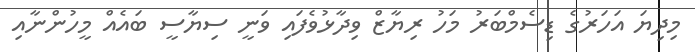
މިދިޔަ އަހަރުގެ ޑިސެމްބަރު މަހު ރިޔާޒް ވިދާޅުވެފައި ވަނީ ސިޔާސީ ބައެއް މީހުންނާއި